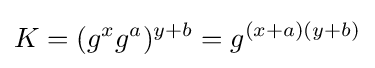
K=(g^{x}g^{a})^{y+b}=g^{(x+a)(y+b)}